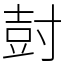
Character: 尌